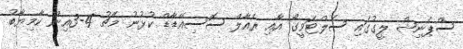
ސްޕެނިޝް ލީގުގައި ސެލްޓަވީގޯ އާއި ރެއާލް ސޮސިއޭޑާޑް ކުޅުނު މެޗު 4-3އިން ކާމިޔާބު